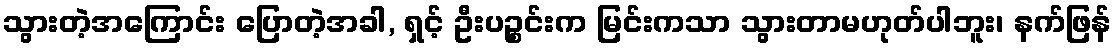
သွားတဲ့အကြောင်း ပြောတဲ့အခါ, ရှင့် ဦးပဉ္စင်းက မြင်းကသာ သွားတာမဟုတ်ပါဘူး၊ နက်ဖြန်